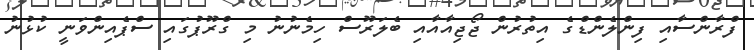
ފްރާންސާއި ފިންލެންޑްގެ އިތުރުން ޖޯޖިއާއާއި ބެލަރޫސް ހިމެނުނު މި ގްރޫޕުގައި ސްޕެއިންވަނީ ކުޅުނު